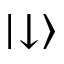
| \negmedspace \downarrow \rangle